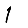
Digit: 1